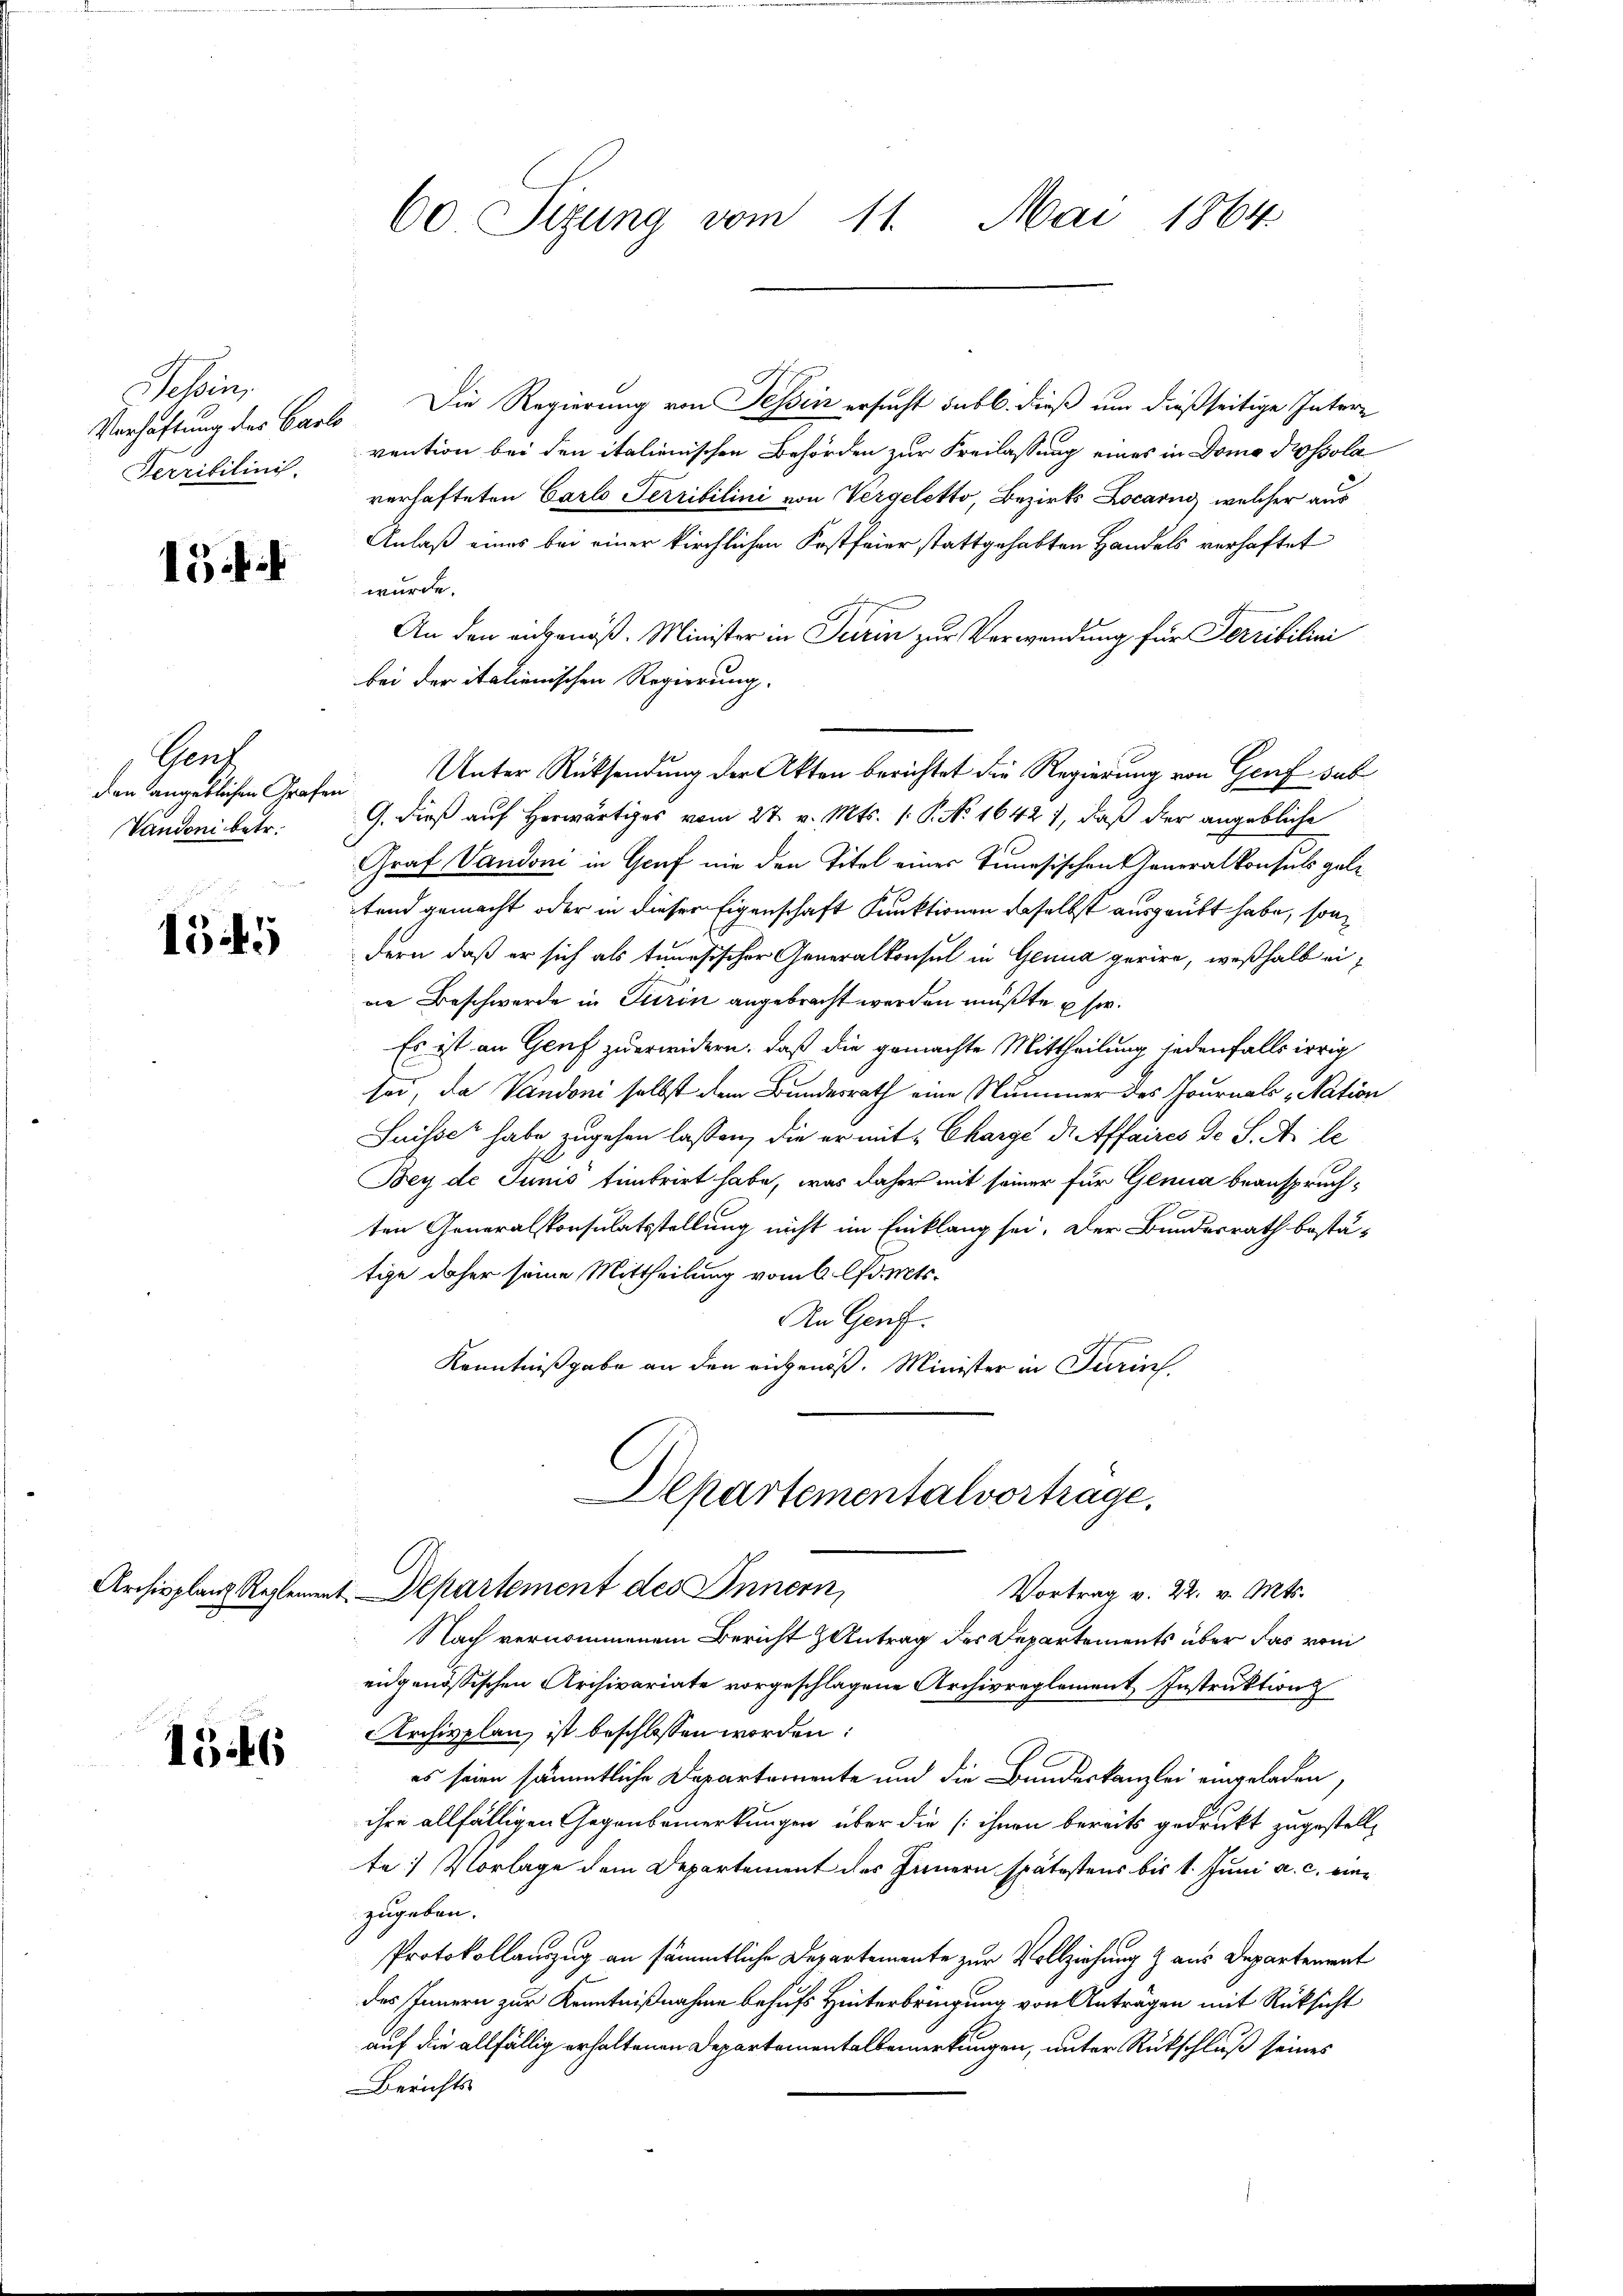
essen.
Ferrililinis.

15

Gens
Vandoni betr.

1545

1546

60 Sizung vom 11. Mai 1864

Verhaftung der Carlo Die Regierung von Tessin ersucht sub b. dieß um dießseitige Intere
vention bei den italienischen Behörden zur Freilassung eines in Domo possola
verhafteten Carlo Terribilini von Vergeletto, Bezirks Locarno, welcher aus
Anlaß eines bei einer kirchlichen Festfeier stattgehabten Handels verhaftet
wurde.
An den eidgenöß. Minister in Turin zur Verwendung für Terribilini
bei der italienischen Regierung.
den angeblichen Grafen Unter Rücksendung der Akten berichtet die Regierung von Genf sub
G. dieß auf Herwärtiges vom 27. v. Mts. 1. P. No 1642), daß der angebliche
Graf Vaudoni in Graf nie den Titel einer Timesischen Generalkonsuls gele
fend gemacht oder in dieser Eigenschaft Punktionen daselbst ausgeübt habe, sondern, daß er sich als tenesischer Generalkonsul in Genua gerire, weßhalb eine Beschwerde in Turin angebracht werden müßte usw.
Es ist an Genf zu erwidern, daß die gemachte Mittheilung jedenfalls irrig
soi, da Vandoni selbst dem Bundesrath eine Nummer des Journals „Nation
Suisse habe zugehen lassen, die er mit Charge Dr. Affaires de S. A le
Bey de Junis tintrirt habe, was daher mit seiner für Genua beanspruchten Generalskonsulatsstellung nicht im Einklang sei. Der Bundesrath bestä-
tige daher seine Mittheilung vom 6 lfd. Mts.
An Genf.
Kenntnißgabe an den angenoß. Minister in Turins
Departementalvortrage,
Archivsplanz Reglement Departement des Innern,
Vortrag v. 22. v. Mts.
Nach vernommenem Bericht Antrag des Departements über das vom
eidgenössischen Archivariate vorgeschlagene Archivreglement Instruktion
Archivplan ist beschlossen worden:
es seien sämmtliche Departemente und die Bundeskanzlei eingeladen,
ihre allfälligen Gegenbemerkungen über die ihnen bereits gedruckt zugestellte: Vorlage dem Departement des Innern spätestens bis 1. Juni a. c. einzugeben.
Protokollauszug an sämmtliche Departemente zur Vollziehung & aus Departement
des Innern zur Kenntnißnahme behufs Hinterbringung von Anträgen mit Rüksicht
auf die allfällig erhaltenen Departementalbemerkungen, unter Rückschluß seines
Berichts